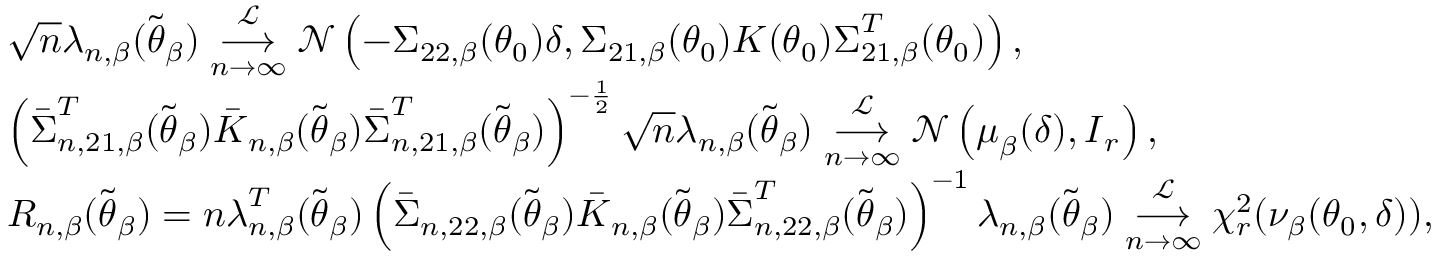
\begin{array} { r l } & { \sqrt { n } \boldsymbol { \lambda } _ { n , \beta } ( \widetilde { \boldsymbol { \theta } } _ { \beta } ) \underset { n \rightarrow \infty } { \overset { \mathcal { L } } { \longrightarrow } } \mathcal { N } \left( - \boldsymbol { \Sigma } _ { 2 2 , \beta } ( \boldsymbol { \theta } _ { 0 } ) \boldsymbol { \delta } , \boldsymbol { \Sigma } _ { 2 1 , \beta } ( \boldsymbol { \theta } _ { 0 } ) \boldsymbol { K } ( \boldsymbol { \theta } _ { 0 } ) \boldsymbol { \Sigma } _ { 2 1 , \beta } ^ { T } ( \boldsymbol { \theta } _ { 0 } ) \right) , } \\ & { \left( \boldsymbol { \bar { \Sigma } } _ { n , 2 1 , \beta } ^ { T } ( \widetilde { \boldsymbol { \theta } } _ { \beta } ) \boldsymbol { \bar { K } } _ { n , \beta } ( \widetilde { \boldsymbol { \theta } } _ { \beta } ) \boldsymbol { \bar { \Sigma } } _ { n , 2 1 , \beta } ^ { T } ( \widetilde { \boldsymbol { \theta } } _ { \beta } ) \right) ^ { - \frac { 1 } { 2 } } \sqrt { n } \boldsymbol { \lambda } _ { n , \beta } ( \widetilde { \boldsymbol { \theta } } _ { \beta } ) \underset { n \rightarrow \infty } { \overset { \mathcal { L } } { \longrightarrow } } \mathcal { N } \left( \boldsymbol { \mu } _ { \beta } ( \boldsymbol { \delta } ) , \boldsymbol { I } _ { r } \right) , } \\ & { R _ { n , \beta } ( \widetilde { \boldsymbol { \theta } } _ { \beta } ) = n \boldsymbol { \lambda } _ { n , \beta } ^ { T } ( \widetilde { \boldsymbol { \theta } } _ { \beta } ) \left( \boldsymbol { \bar { \Sigma } } _ { n , 2 2 , \beta } ( \widetilde { \boldsymbol { \theta } } _ { \beta } ) \boldsymbol { \bar { K } } _ { n , \beta } ( \widetilde { \boldsymbol { \theta } } _ { \beta } ) \boldsymbol { \bar { \Sigma } } _ { n , 2 2 , \beta } ^ { T } ( \widetilde { \boldsymbol { \theta } } _ { \beta } ) \right) ^ { - 1 } \boldsymbol { \lambda } _ { n , \beta } ( \widetilde { \boldsymbol { \theta } } _ { \beta } ) \underset { n \rightarrow \infty } { \overset { \mathcal { L } } { \longrightarrow } } \chi _ { r } ^ { 2 } ( \nu _ { \beta } ( \boldsymbol { \theta } _ { 0 } , \boldsymbol { \delta } ) ) , } \end{array}